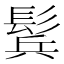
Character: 鬂